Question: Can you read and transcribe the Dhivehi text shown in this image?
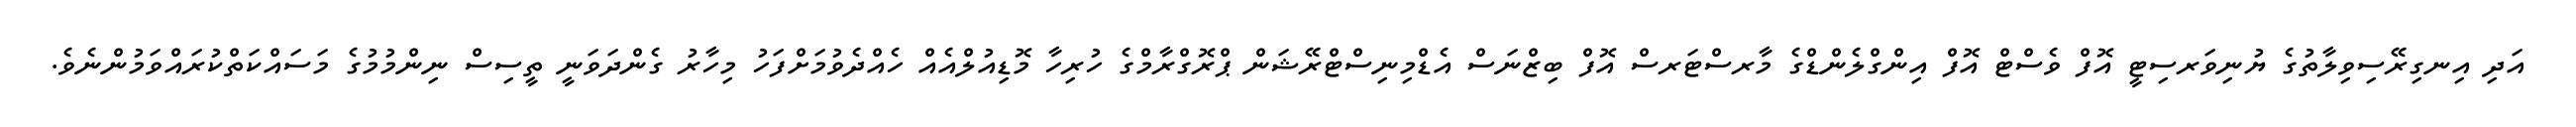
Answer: އަދި އިނގިރޭސިވިލާތުގެ ޔުނިވަރސިޓީ އޮފް ވެސްޓް އޮފް އިންގްލެންޑްގެ މާރސްޓަރސް އޮފް ބިޒްނަސް އެޑްމިނިސްޓްރޭޝަން ޕްރޮގްރާމްގެ ހުރިހާ މޮޑިއުލްއެއް ހެއްދެވުމަށްފަހު މިހާރު ގެންދަވަނީ ތީސިސް ނިންމުމުގެ މަސައްކަތްކުރައްވަމުންނެވެ.